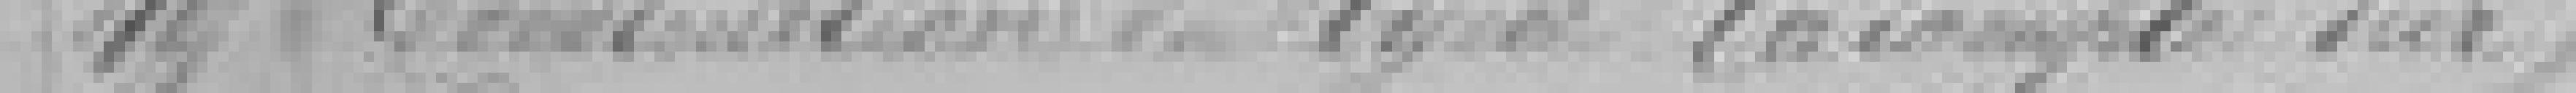
49 Construction du Lycée ???? (à compté sur)